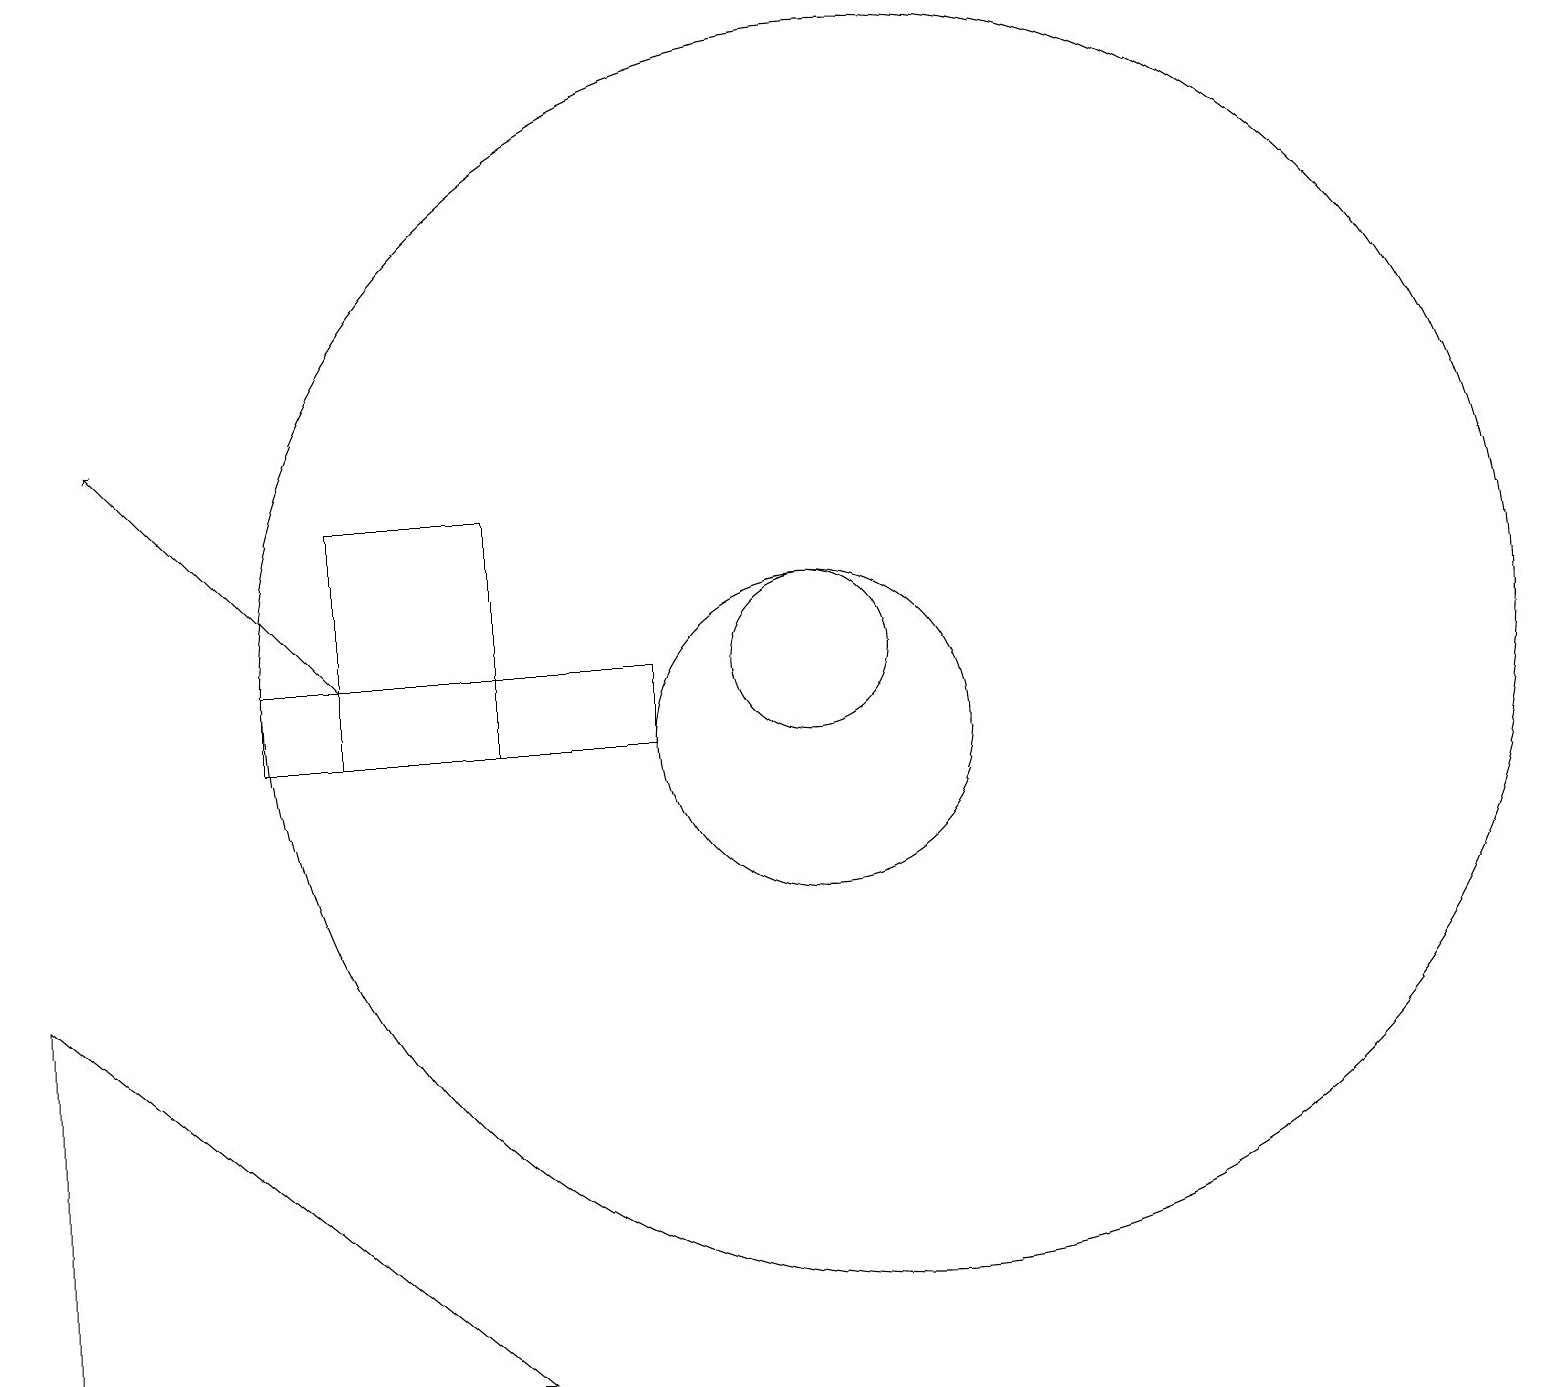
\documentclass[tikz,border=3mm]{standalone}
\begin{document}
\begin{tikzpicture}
\draw (1,7) -- (7,2) -- (1,2) -- cycle;
\draw (11,11) circle (1);
\draw (11,10) circle (2);
\draw (4,10) rectangle (9,11);
\draw (7,13) rectangle (5,10);
\draw[->] (5,11) -- (2,14);
\draw (12,11) circle (8);
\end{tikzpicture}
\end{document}